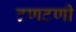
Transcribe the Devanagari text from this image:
टणटणी